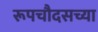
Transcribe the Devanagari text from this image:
रूपचौदसच्या